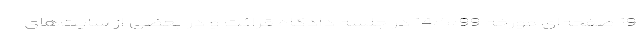
19 صفحه‌ای مورخه 14/5/99 در جلسه دادگاه قرائت و در بعضی از سایت‌های